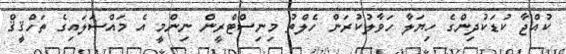
ކުއްޖާ ކުޑަކުދިންގެ ހިޔަލާ ހަވާލުކުރަން ހެލްތު މިނިސްޓްރީން ނިންމީ އެ މައްސަލައިގެ ތަހްޤީޤް